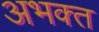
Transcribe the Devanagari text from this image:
अभक्‍त